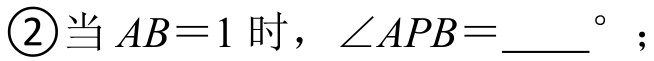
\textcircled{2}当\(AB = 1\)时，\(\angle APB=\underline{\quad\quad}^{\circ}\)；